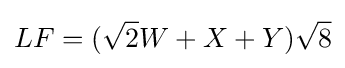
LF=({\sqrt {2}}W+X+Y){\sqrt {8}}